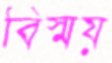
বিস্ময়